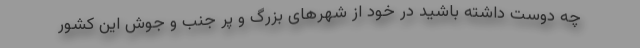
چه دوست داشته باشید در خود از شهرهای بزرگ و پر جنب و جوش این کشور